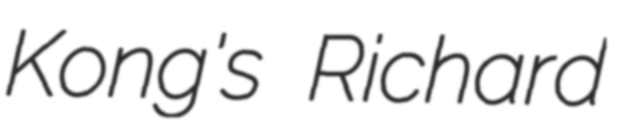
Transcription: Kong's Richard